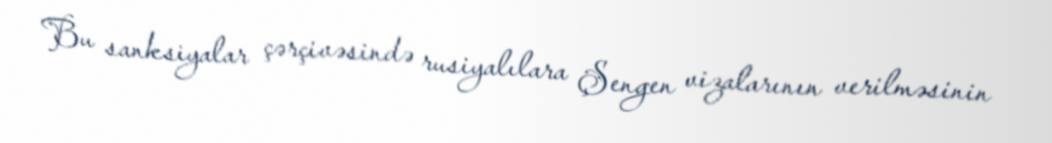
Bu sanksiyalar çərçivəsində rusiyalılara Şengen vizalarının verilməsinin